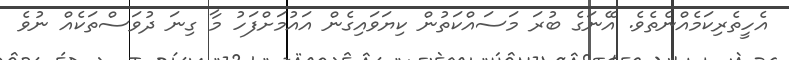
އެހީތެރިކަމެއްނެތެވެ. އޭނަގެ ބުރަ މަސައްކަތުން ކިޔަވައިގެން އައުމަށްފަހު މާ ގިނަ ދުވަސްތަކެއް ނުވެ